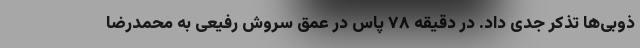
ذوبی‌ها تذکر جدی داد. در دقیقه ۷۸ پاس در عمق سروش رفیعی به محمدرضا